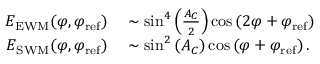
\begin{array} { r l } { E _ { \mathrm { E W M } } ( \varphi , \varphi _ { \mathrm { r e f } } ) } & { { } \sim \sin ^ { 4 } \left( \frac { A _ { C } } { 2 } \right) \cos \left( 2 \varphi + \varphi _ { \mathrm { r e f } } \right) } \\ { E _ { \mathrm { S W M } } ( \varphi , \varphi _ { \mathrm { r e f } } ) } & { { } \sim \sin ^ { 2 } \left( A _ { C } \right) \cos \left( \varphi + \varphi _ { \mathrm { r e f } } \right) . } \end{array}